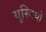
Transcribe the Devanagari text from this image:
युस्बियो